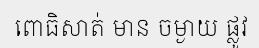
ពោធិសាត់ មាន ចម្ងាយ ផ្លូវ